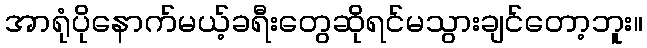
အာရုံပိုနောက်မယ့်ခရီးတွေဆိုရင်မသွားချင်တော့ဘူး။